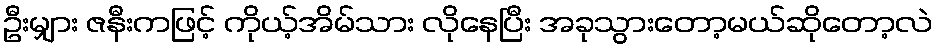
ဦးမျှား ဇနီးကဖြင့် ကိုယ့်အိမ်သား လိုနေပြီး အခုသွားတော့မယ်ဆိုတော့လဲ